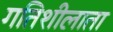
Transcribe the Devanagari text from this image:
गतिशीलाता